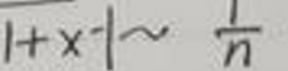
$|1 + x| \sim \frac{1}{n}$